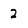
Character: 2